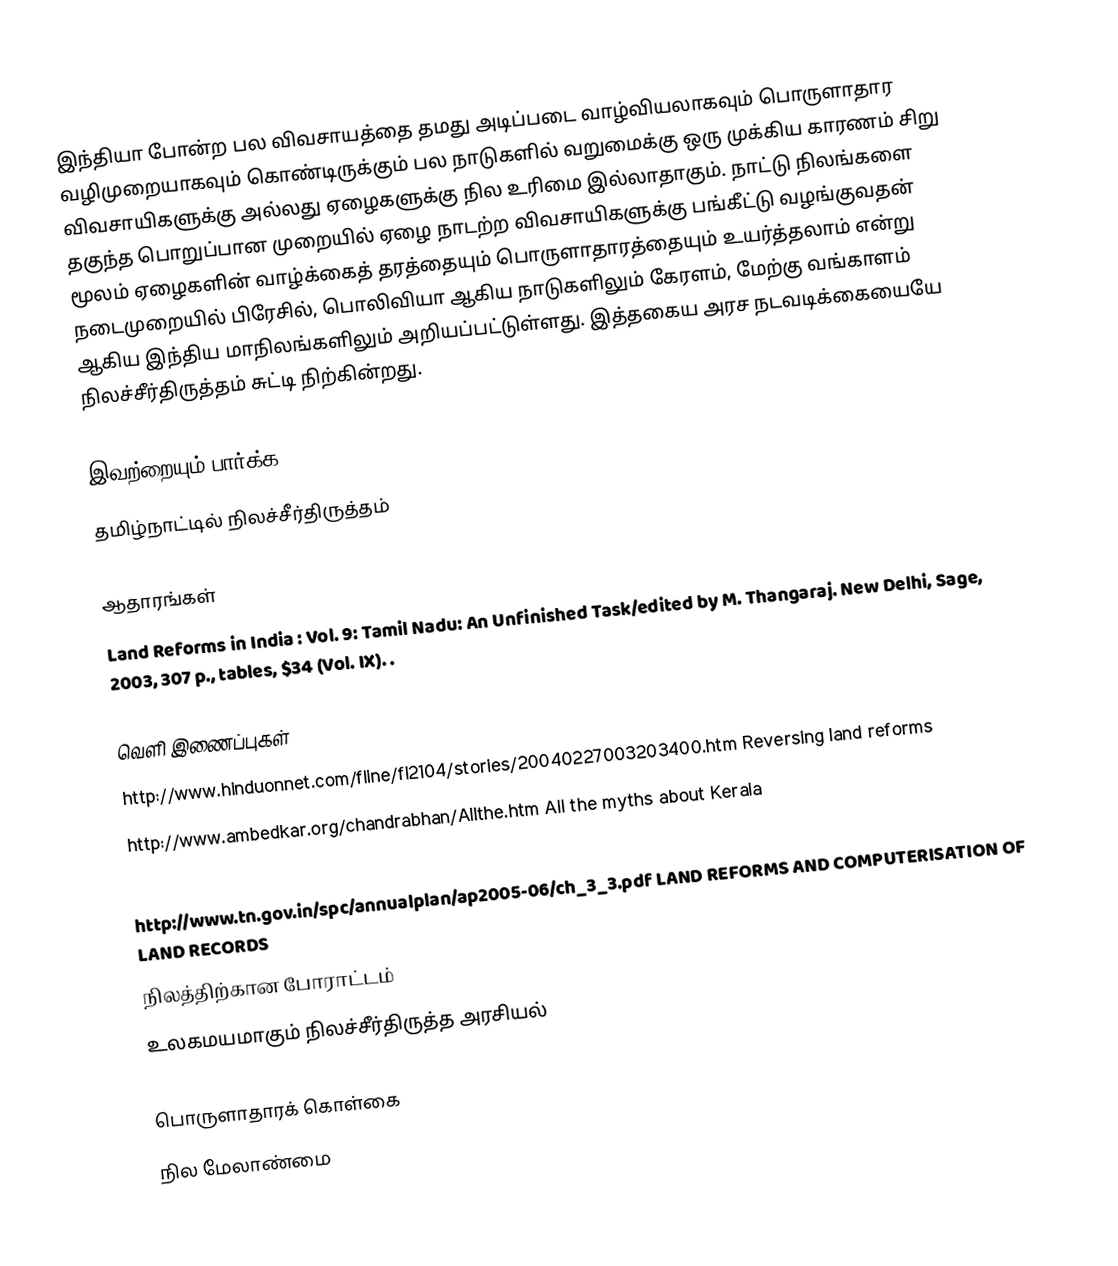
இந்தியா போன்ற பல விவசாயத்தை தமது அடிப்படை வாழ்வியலாகவும் பொருளாதார வழிமுறையாகவும் கொண்டிருக்கும் பல நாடுகளில் வறுமைக்கு ஒரு முக்கிய காரணம் சிறு விவசாயிகளுக்கு அல்லது ஏழைகளுக்கு நில உரிமை இல்லாதாகும். நாட்டு நிலங்களை தகுந்த பொறுப்பான முறையில் ஏழை நாடற்ற விவசாயிகளுக்கு பங்கீட்டு வழங்குவதன் மூலம் ஏழைகளின் வாழ்க்கைத் தரத்தையும் பொருளாதாரத்தையும் உயர்த்தலாம் என்று நடைமுறையில் பிரேசில், பொலிவியா ஆகிய நாடுகளிலும் கேரளம், மேற்கு வங்காளம் ஆகிய இந்திய மாநிலங்களிலும் அறியப்பட்டுள்ளது. இத்தகைய அரச நடவடிக்கையையே நிலச்சீர்திருத்தம் சுட்டி நிற்கின்றது.

இவற்றையும் பார்க்க
 தமிழ்நாட்டில் நிலச்சீர்திருத்தம்

ஆதாரங்கள்
 Land Reforms in India : Vol. 9: Tamil Nadu: An Unfinished Task/edited by M. Thangaraj. New Delhi, Sage, 2003, 307 p., tables, $34 (Vol. IX). .

வெளி இணைப்புகள்
 http://www.hinduonnet.com/fline/fl2104/stories/20040227003203400.htm  Reversing land reforms
 http://www.ambedkar.org/chandrabhan/Allthe.htm All the myths about Kerala
 http://www.hinduonnet.com/fline/fl2005/stories/20030314001205300.htm  Land reforms in reverse? (in Tamil Nadu)
 http://www.tn.gov.in/spc/annualplan/ap2005-06/ch_3_3.pdf LAND REFORMS AND COMPUTERISATION OF LAND RECORDS
 நிலத்திற்கான போராட்டம்
 உலகமயமாகும் நிலச்சீர்திருத்த அரசியல்

பொருளாதாரக் கொள்கை
நில மேலாண்மை